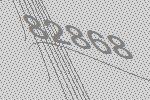
82868